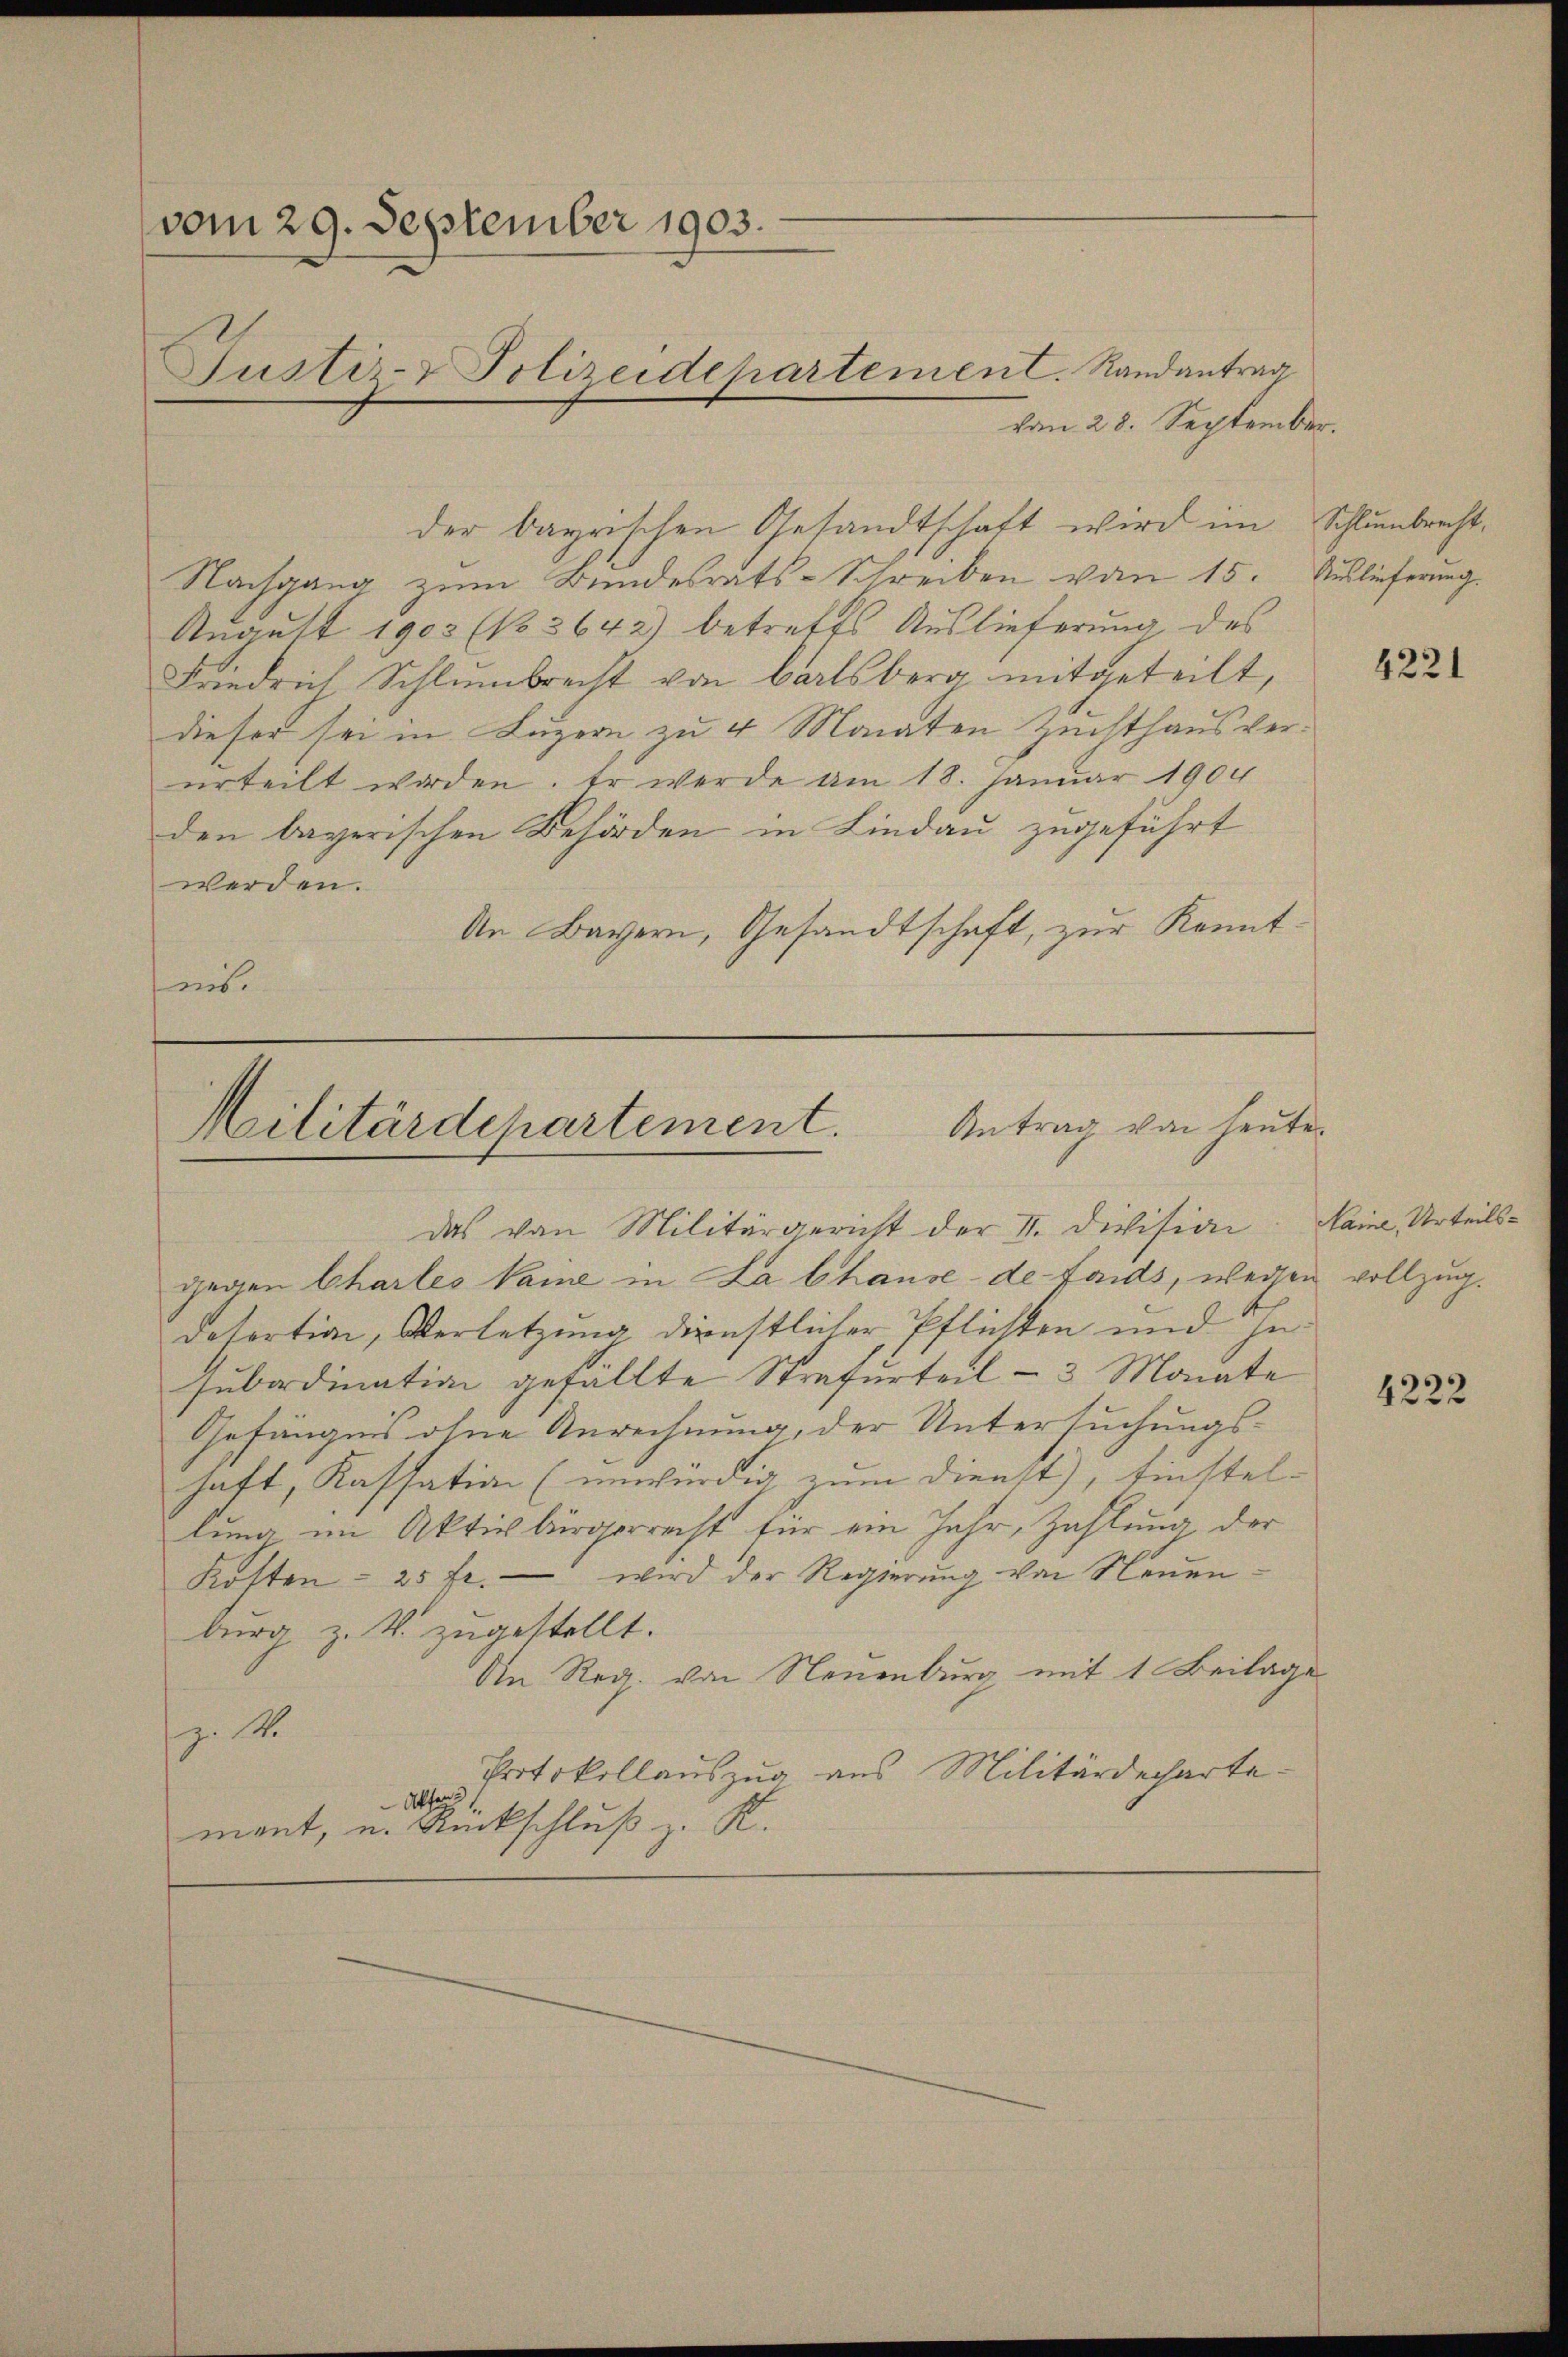
(vom 29. September 1903.
Justiz- & Polizeidehartement. Randantrag

vom 28. September.
Nachgang zum Bundesrats-Schreiben von 15. Auslieferung.
August 1903 (No 3642) betreffs Auslieferung des
Friedrich Schlumbrecht von Barlsberg mitgeteilt,
dieser sei in Luzern zu 4 Monaten Zuchthausvererteilt worden. Er werde am 18. Januar 1904
den bayerischen Behörden in Lindau zugeführt
werden.
An Bayern, Gesandtschaft, zur Kenntnis.

der bayrischen Gesandtschaft wird im Schlumbrecht¬

Militärdepartement. Antrag von heute.
Das von Militärgericht der II. Division

gegen Charles Vaine in La Chause de fonds, wegen vollzug.
desortion, Verletzung dienstlicher Pflichten und jesubordination gefällte Strafurteil – 3 Monate
Gefängnis ohne Anrechnung, der Untersuchungshaft, Kassation (unwürdig zum Dienst), Einstel-
lung im Aktivbürgerrecht für ein Jahr, Zahlung der
Kosten - 25 fr. wird der Regierung von Neuenburg, z. B. zugestellt.
An Reg. von Neuenburg mit 1 Beilage
z. 14.
Protokollauszug aus Militärdecharte¬
Atte
mant, u. Rückschluß z. K.

4221

ame, Urteils-

4222